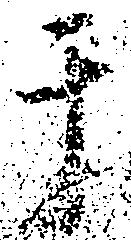
于